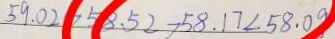
5 9 . 0 2 > 5 8 . 5 2 > 5 8 . 1 7 < 5 8 . 0 9